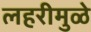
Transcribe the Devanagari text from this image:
लहरीमुळे